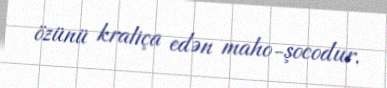
özünü kraliça edən maho-şocodur.